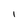
Character: I